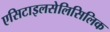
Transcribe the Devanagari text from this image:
एसिटाइलसेलिसिलिक